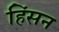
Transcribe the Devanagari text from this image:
हिंसन